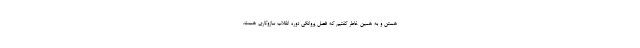
هستن و به همین خاطر گفتیم که فصل پروانگی دوره انقلاب سازوکاری هست.